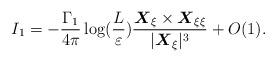
LaTeX: \begin{align*}I_{1}=-\frac{\Gamma_{1}}{4\pi}\log(\frac{L}{\varepsilon})\frac{\mbox{\mathversion{bold}$X$}_{\xi}\times\mbox{\mathversion{bold}$X$}_{\xi \xi }}{|\mbox{\mathversion{bold}$X$}_{\xi }|^{3}}+O(1).\end{align*}